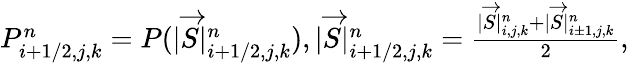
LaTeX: \begin{array}{r}{P_{i+1/2,j,k}^{n}=P(|\overrightarrow{S}|_{i+1/2,j,k}^{n}),|\overrightarrow{S}|_{i+1/2,j,k}^{n}=\frac{|\overrightarrow{S}|_{i,j,k}^{n}+|\overrightarrow{S}|_{i\pm 1,j,k}^{n}}{2},}\end{array}